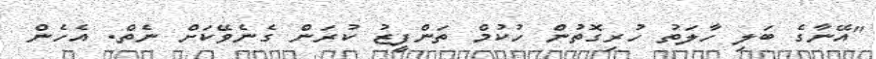
"އޭނާގެ ބަލި ހާލަތު ހުރިގޮތުން ހުކުމް ތަންފީޒު ކުރަން ގެނެވޭކަށް ނެތް. އެހެން